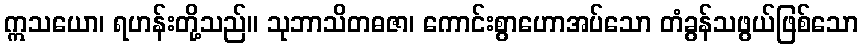
ဣသယော၊ ရဟန်းတို့သည်။ သုဘာသိတဓဇာ၊ ကောင်းစွာဟောအပ်သော တံခွန်သဖွယ်ဖြစ်သော